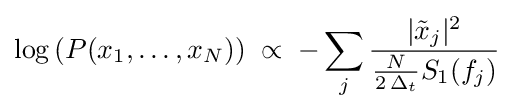
\log \left(P(x_{1},\ldots ,x_{N})\right)\;\propto \;-\sum _{j}{\frac {|{\tilde {x}}_{j}|^{2}}{{\frac {N}{2\,\Delta _{t}}}S_{1}(f_{j})}}